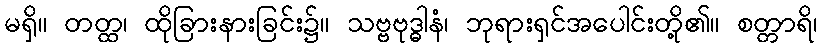
မရှိ။ တတ္ထ၊ ထိုခြားနားခြင်း၌။ သဗ္ဗဗုဒ္ဓါနံ၊ ဘုရားရှင်အပေါင်းတို့၏။ စတ္တာရိ၊